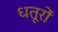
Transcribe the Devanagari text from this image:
धतूरों